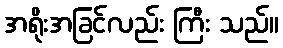
အရိုးအခြင်လည်း ကြီး သည်။